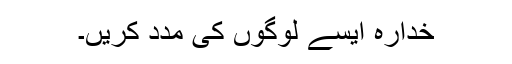
خدارہ ایسے لوگوں کی مدد کریں۔